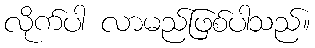
လိုက်ပါ လာမည်ဖြစ်ပါသည်။